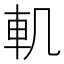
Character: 䡄